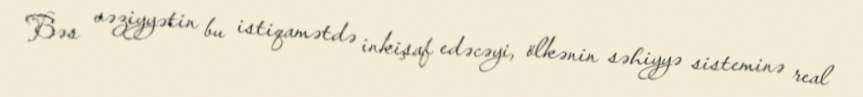
Bəs vəziyyətin bu istiqamətdə inkişaf edəcəyi, ölkənin səhiyyə sisteminə real